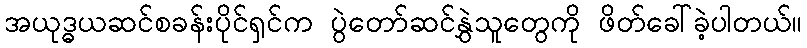
အယုဒ္ဓယဆင်စခန်းပိုင်ရှင်က ပွဲတော်ဆင်နွှဲသူတွေကို ဖိတ်ခေါ်ခဲ့ပါတယ်။